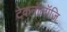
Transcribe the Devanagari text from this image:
टेकनॉलॉजि